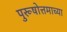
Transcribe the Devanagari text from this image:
पुरूषोत्तमाच्या